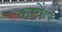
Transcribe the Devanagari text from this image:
काकेर